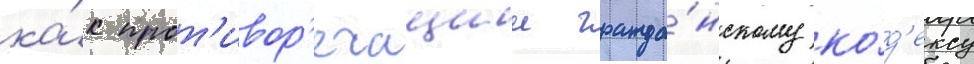
ка́к прот'ивор'ечащии гражда́нскому ко́д'ексу